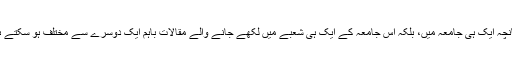
چنانچہ ایک ہی جامعہ میں، بلکہ اس جامعہ کے ایک ہی شعبے میں لکھے جانے والے مقالات باہم ایک دوسرے سے مختلف ہو سکتے ہیں۔